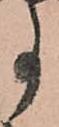
事